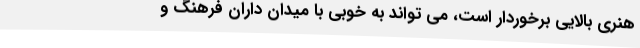
هنری بالایی برخوردار است، می تواند به خوبی با میدان داران فرهنگ و